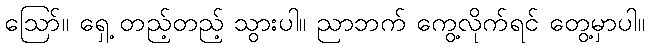
ဪ။ ရှေ့ တည့်တည့် သွားပါ။ ညာဘက် ကွေ့လိုက်ရင် တွေ့မှာပါ။